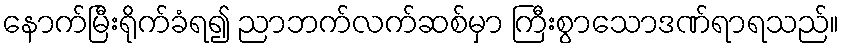
နောက်မြီးရိုက်ခံရ၍ ညာဘက်လက်ဆစ်မှာ ကြီးစွာသောဒဏ်ရာရသည်။